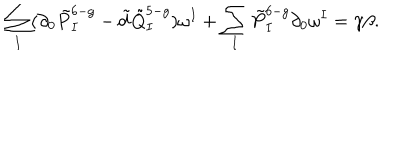
\sum _ { I } ( \partial _ { 0 } \tilde { P } _ { I } ^ { 6 - g } - \tilde { d } \tilde { Q } _ { I } ^ { 5 - g } ) \omega ^ { I } + \sum _ { I } \tilde { P } _ { I } ^ { 6 - g } \partial _ { 0 } \omega ^ { I } = \gamma \beta .